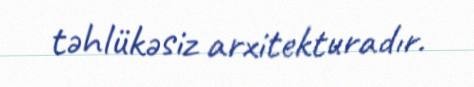
təhlükəsiz arxitekturadır.